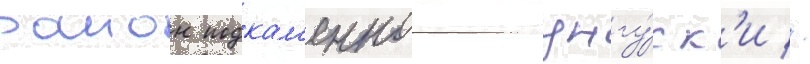
раион подкам'еннои тунгу́ск'и //